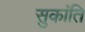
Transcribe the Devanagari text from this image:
सुकांति